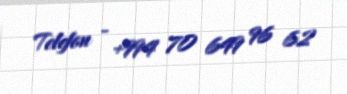
Telefon - +994 70 649 96 62